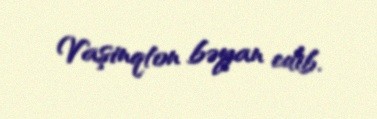
Vaşinqton bəyan edib.